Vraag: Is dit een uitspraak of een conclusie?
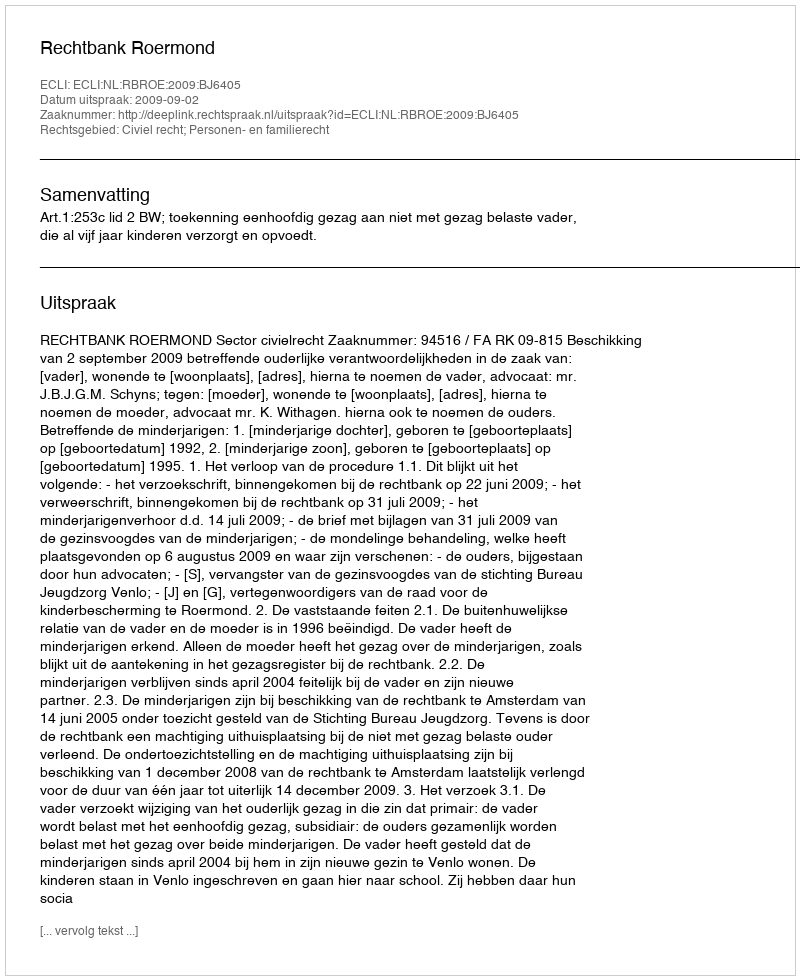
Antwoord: Uitspraak